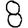
Digit: 8